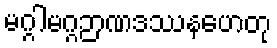
မဂ္ဂါမဂ္ဂဉာဏဒဿနဟေတု